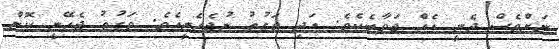
ނަށްވެސް ދެނީ އެއް ޖަވާބެކެވެ. އަދި ވަގުތު ނުޖެހެނީއެވެ. ވަގުތު ޖެހޭނީ ކޮން